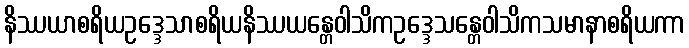
နိဿယာစရိယဥဒ္ဒေသာစရိယနိဿယန္တေဝါသိကဥဒ္ဒေသန္တေဝါသိကသမာနာစရိယကာ